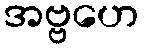
အဗ္ဗဟေ